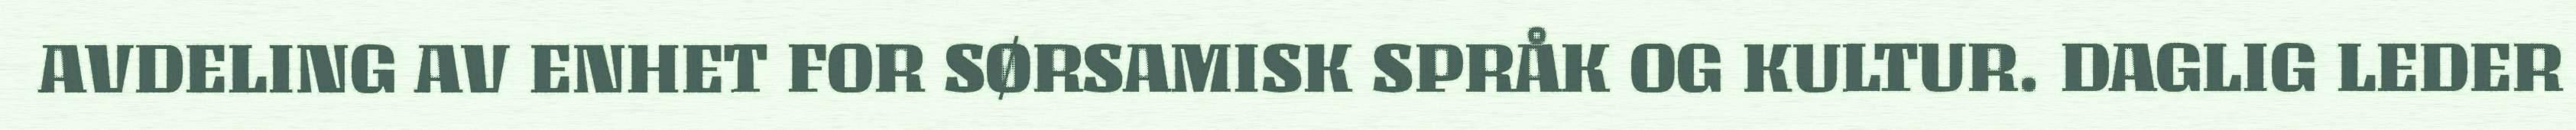
AVDELING AV ENHET FOR SØRSAMISK SPRÅK OG KULTUR. DAGLIG LEDER